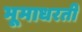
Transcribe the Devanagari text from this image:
भूमाधरती